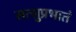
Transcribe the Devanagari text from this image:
सत्सुप्रभातं